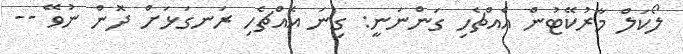
ލޯކަލް މާރުކޭޓުން އެއްޗެހި ގަންނަނީ: ގިނަ އެއްޗެހި ރަނގަޅަށް ދޮން ނުވޭ --